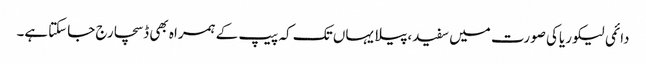
دائمی لیکوریاکی صورت میں سفید،پیلا یہاں تک کہ پیپ کے ہمراہ بھی ڈسچارج جاسکتاہے۔